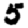
Digit: 5